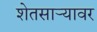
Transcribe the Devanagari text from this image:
शेतसाऱ्यावर